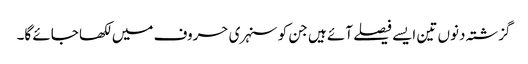
گزشتہ دنوں تین ایسے فیصلے آئے ہیں جن کو سنہری حروف میں لکھا جائے گا۔